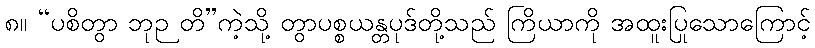
၈။ “ပစိတွာ ဘုဉ တိ”ကဲ့သို့ တွာပစ္စယန္တပုဒ်တို့သည် ကြိယာကို အထူးပြုသောကြောင့်